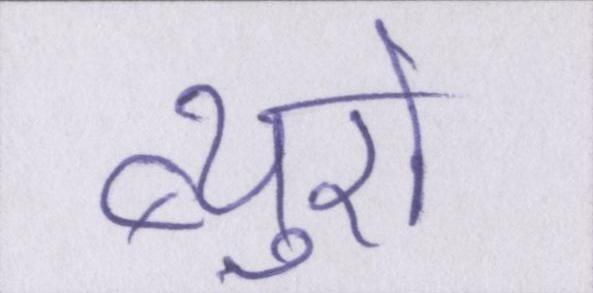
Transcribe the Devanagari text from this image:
ब्यूरो